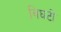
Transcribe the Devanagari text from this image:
विघटी